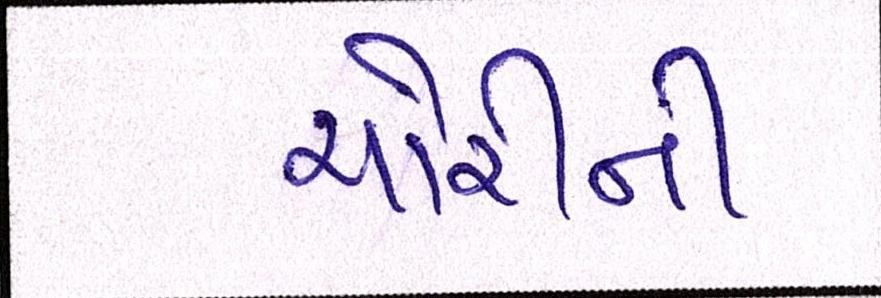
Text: ચોરીની